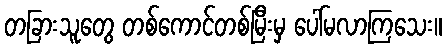
တခြားသူတွေ တစ်ကောင်တစ်မြီးမှ ပေါ်မလာကြသေး။